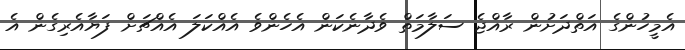
އެމީހުންގެ އަތްދަށުން ރާއްޖެ ސަލާމަތް ވެދާނެކަން އެހެންވެ އެއްކަލަ އެއްޗަށް ފަޔާއެރިގެން އެ